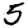
Digit: 5